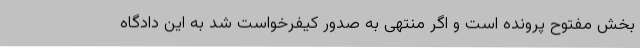
بخش مفتوح پرونده است و اگر منتهی به صدور کیفرخواست شد به این دادگاه